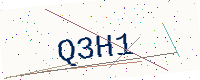
Text: Q3H1